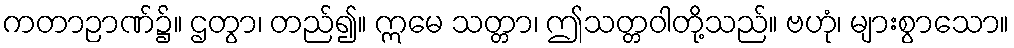
ကတာဉာဏ်၌။ ဌတွာ၊ တည်၍။ ဣမေ သတ္တာ၊ ဤသတ္တဝါတို့သည်။ ဗဟုံ၊ များစွာသော။